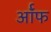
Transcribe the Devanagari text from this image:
र्ऑफ